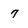
Character: 7